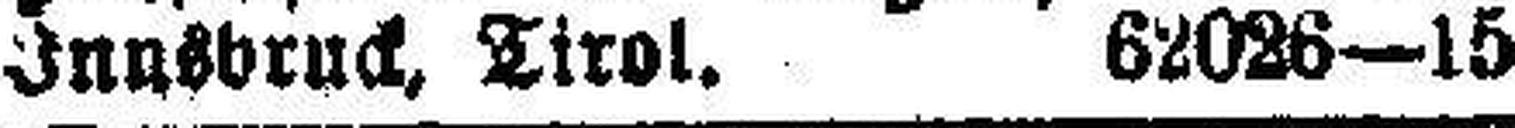
Innsbruck, Tirol. 62026—15